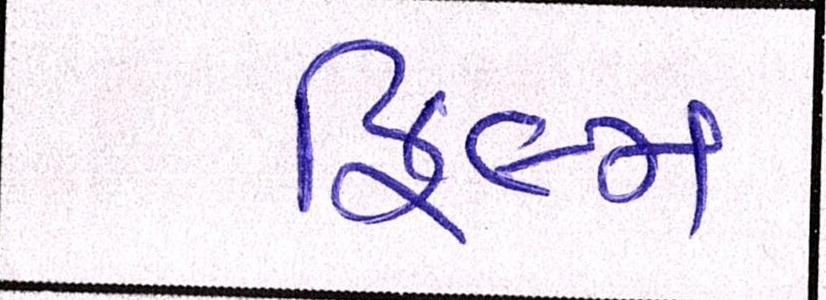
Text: ફિલ્મ